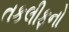
તકલીફનો